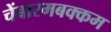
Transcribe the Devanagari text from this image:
चेंबारमबक्कम